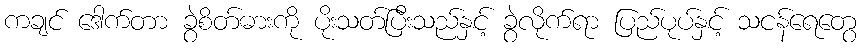
ကချင် ဒေါက်တာ ခွဲစိတ်ဓားကို ပိုးသတ်ပြီးသည်နှင့် ခွဲလိုက်ရာ ပြည်ပုပ်နှင့် သငန်ရေတွေ